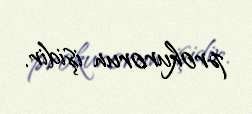
prokurorun işidir.